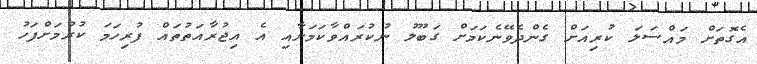
އެގޮތަށް މައްސަލަ ކުރިއަށް ގެންދެވޭނެކަމަށް ގަބޫލު ނުކުރައްވާކަމަށާއި އެ އިޖުރާއަތުތައް ފުރިހަމަ ކުރުމަށްފަހު